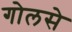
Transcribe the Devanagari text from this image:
गोलसे